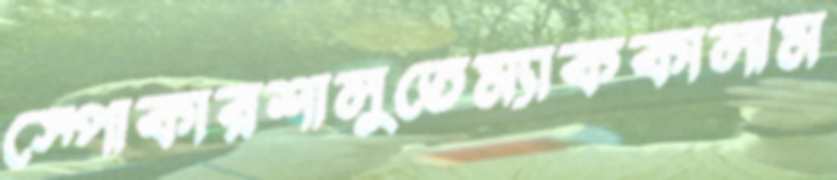
স্পোকারশালুতেম্যাককালাম